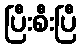
ပြီးစီးပြီ